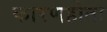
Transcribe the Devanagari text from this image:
कारणहोता